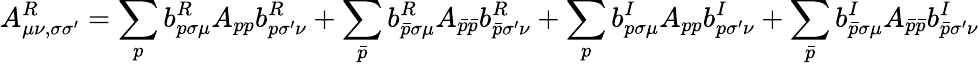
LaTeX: A_{\mu\nu,\sigma\sigma^{\prime}}^{R}=\sum_{p}b_{p\sigma\mu}^{R}A_{pp}b_{p\sigma^{\prime}\nu}^{R}+\sum_{\bar{p}}b_{\bar{p}\sigma\mu}^{R}A_{\bar{p}\bar{p}}b_{\bar{p}\sigma^{\prime}\nu}^{R}+\sum_{p}b_{p\sigma\mu}^{I}A_{pp}b_{p\sigma^{\prime}\nu}^{I}+\sum_{\bar{p}}b_{\bar{p}\sigma\mu}^{I}A_{\bar{p}\bar{p}}b_{\bar{p}\sigma^{\prime}\nu}^{I}